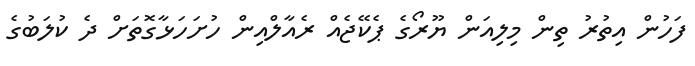
ފަހުން އިތުރު ތިން މިލިއަން ޔޫރޯގެ ޕެކޭޖެއް ރެއާލްއިން ހުށަހަޅާގޮތަށް ދެ ކުލަބުގެ